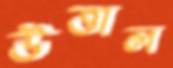
উত্তাল